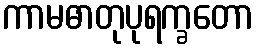
ကာမဓာတုပုရက္ခတော